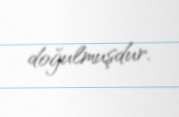
doğulmuşdur.